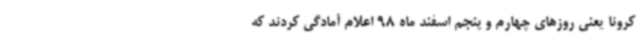
کرونا یعنی روزهای چهارم و پنجم اسفند ماه 98 اعلام آمادگی کردند که